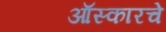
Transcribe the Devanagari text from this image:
ऑस्कारचे